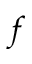
f